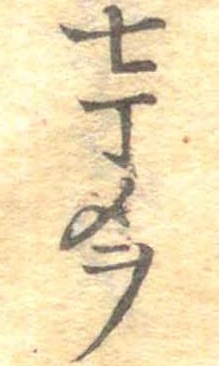
七丁メヲ